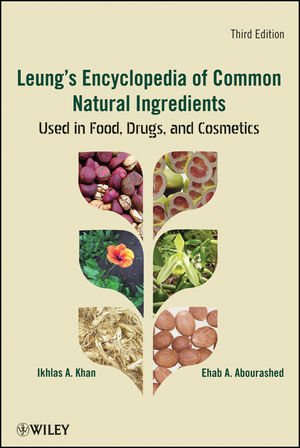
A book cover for Leung's Encyclopedia of Common Natural Ingredients: Used in Food, Drugs and Cosmetics; Ikhlas A. Khan; Medical Books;